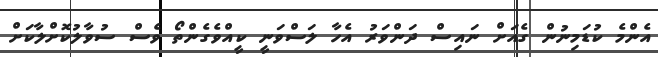
އެންމެ ކުޑަމިނުން ގެއަށް ނައިސް ދަންވަރު އެހާ ލަސްވަނީ ކީއްވެގެންތޯ ވެސް ސުވާލުކޮށްލާކަށް